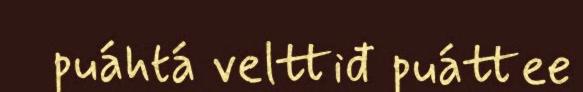
puáhtá velttiđ puáttee